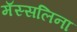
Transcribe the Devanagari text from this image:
मॅस्सलिना